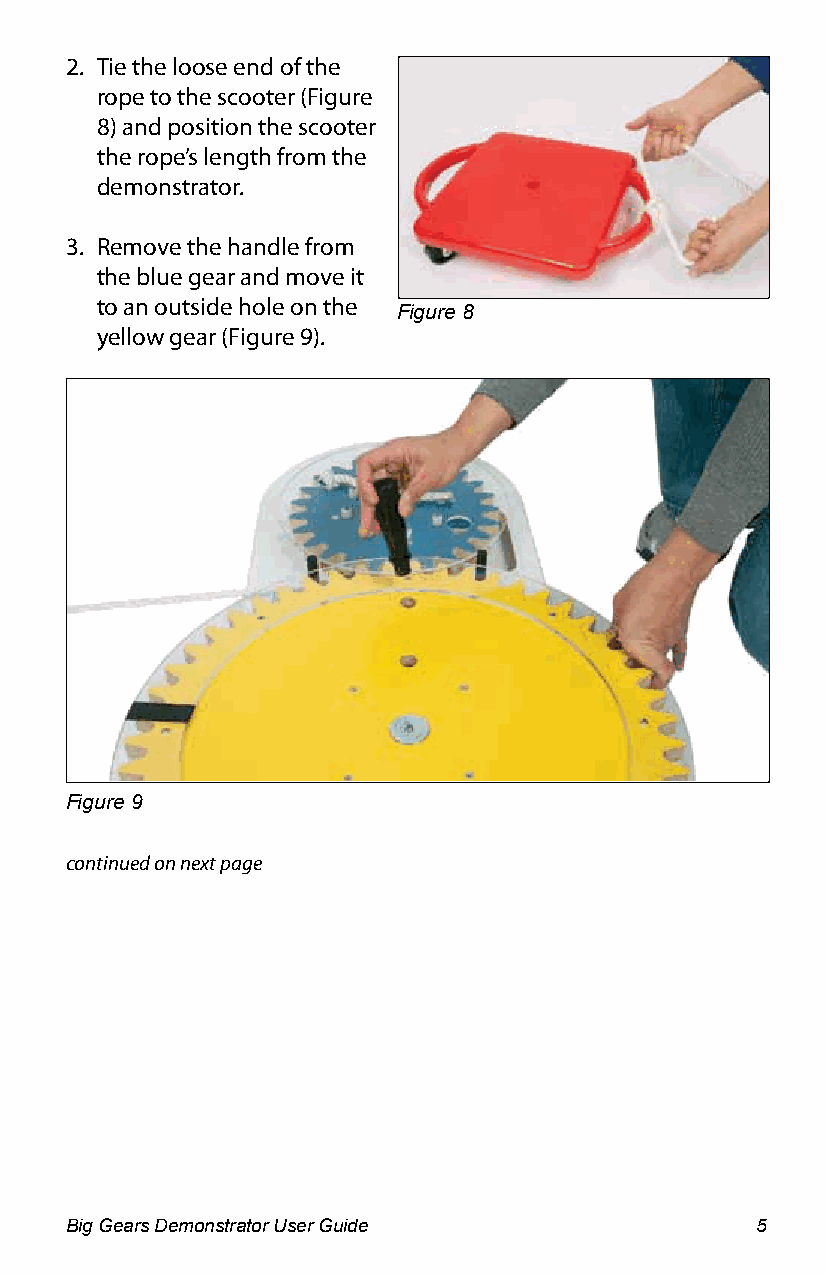
2. Tie the loose end of the
 rope to the scooter (Figure
 8) and position the scooter
 the rope’s length from the
 demonstrator.
 3. Remove the handle from
 the blue gear and move it
 to an outside hole on the
 Figure 8
 yellow gear (Figure 9).
 Figure 9
 continued on next page
 Big Gears Demonstrator User Guide             5